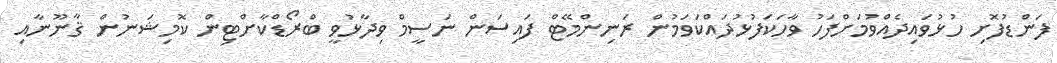
ފަންޑުފޮށި ހުޅުވައިދެއްވުމަށްފަހު ވާހަކަފުޅުދައްކަވަމުން ރަަނިންމޭޓް ފައިސަން ނަސީމް ވިދާޅުވީ ބްރޯޑްކާށްޓިން ކޮމިޝަނުން ޤާނޫނާއި